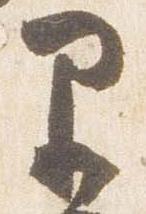
里